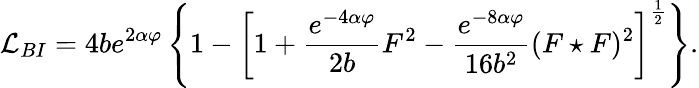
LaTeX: {\cal L}_{BI}=4be^{2\alpha\varphi}\left\{ 1-\left[1+\frac{e^{-4\alpha\varphi}}{2b}F^{2}-\frac{e^{-8\alpha\varphi}}{16b^{2}}(F\star F)^{2}\right]^{\frac{1}{2}}\right\} .